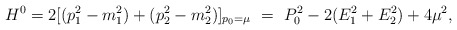
\begin{align*}H^0=2[(p_1^2-m_1^2)+(p_2^2-m_2^2)]_{p_0=\mu}\,\,=\,\,P_0^2-2(E_1^2+E_2^2)+4\mu^2, \end{align*}